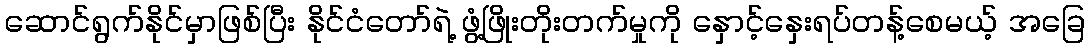
ဆောင်ရွက်နိုင်မှာဖြစ်ပြီး နိုင်ငံတော်ရဲ့ ဖွံ့ဖြိုးတိုးတက်မှုကို နှောင့်နှေးရပ်တန့်စေမယ့် အခြေ